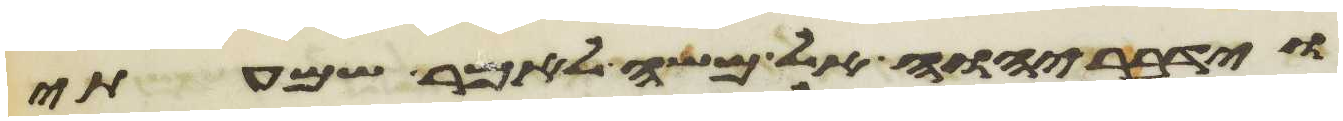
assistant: וידבר יהוה אל משה לאמר שמעתי